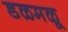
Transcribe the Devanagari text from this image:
डळमळू